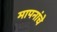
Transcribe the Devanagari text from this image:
मापनांचे